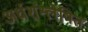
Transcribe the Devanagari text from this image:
अर्धशंश्लेषित